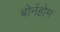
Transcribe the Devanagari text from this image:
बोर्नहोम